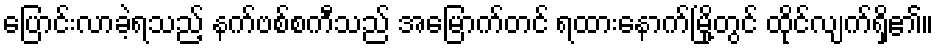
ပြောင်းလာခဲ့ရသည့် နက်ဗစ်စကီသည် အမြောက်တင် ရထားနောက်မြို့တွင် ထိုင်လျက်ရှိ၏။